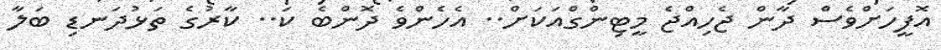
އޮފީހަށްވެސް ދާން ޖެހިއްޖެ މީޓިންގްއަކަށް.. އެހެންވެ ދޮންބެ ކަ.. ކާރުގެ ތަޅުދަނޑި ބަލާ